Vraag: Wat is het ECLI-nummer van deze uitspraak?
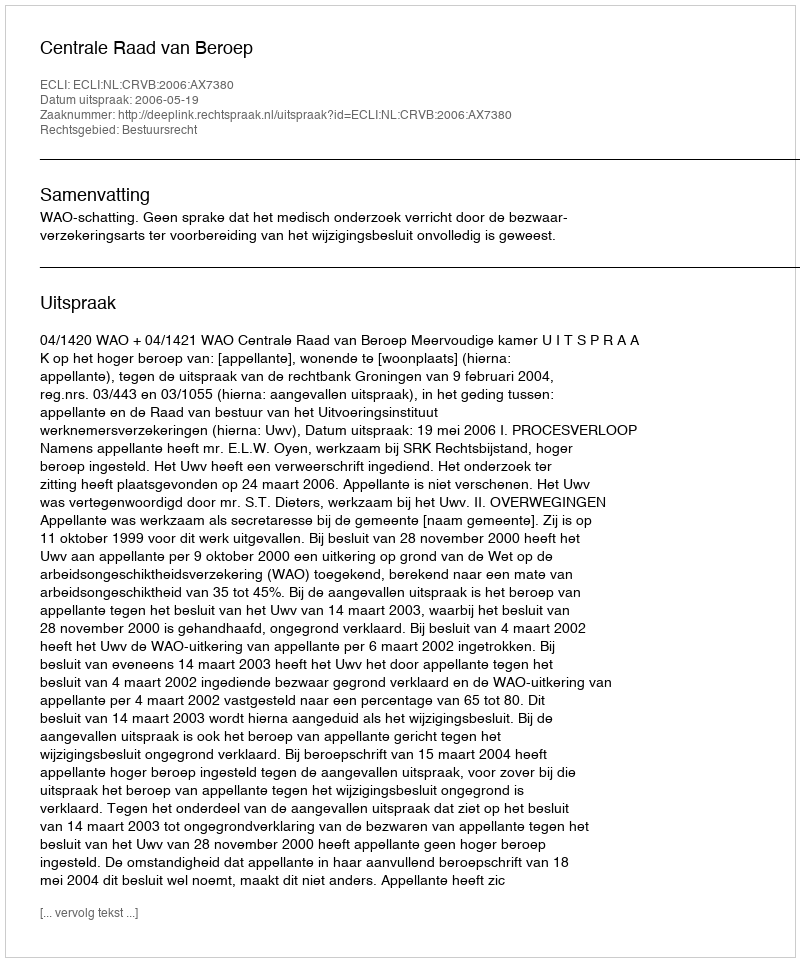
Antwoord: ECLI:NL:CRVB:2006:AX7380